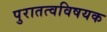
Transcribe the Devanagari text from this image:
पुरातत्वविषयक